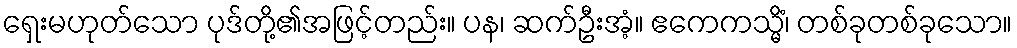
ရှေးမဟုတ်သော ပုဒ်တို့၏အဖြင့်တည်း။ ပန၊ ဆက်ဦးအံ့။ ဧကေကသ္မိံ၊ တစ်ခုတစ်ခုသော။